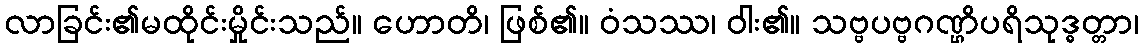
လာခြင်း၏မထိုင်းမှိုင်းသည်။ ဟောတိ၊ ဖြစ်၏။ ဝံသဿ၊ ဝါး၏။ သဗ္ဗပဗ္ဗဂဏ္ဌိပရိသုဒ္ဓတ္တာ၊